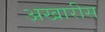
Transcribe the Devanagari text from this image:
अखारीस